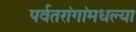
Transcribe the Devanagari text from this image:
पर्वतरांगांमधल्या